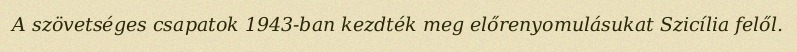
A szövetséges csapatok 1943-ban kezdték meg előrenyomulásukat Szicília felől.